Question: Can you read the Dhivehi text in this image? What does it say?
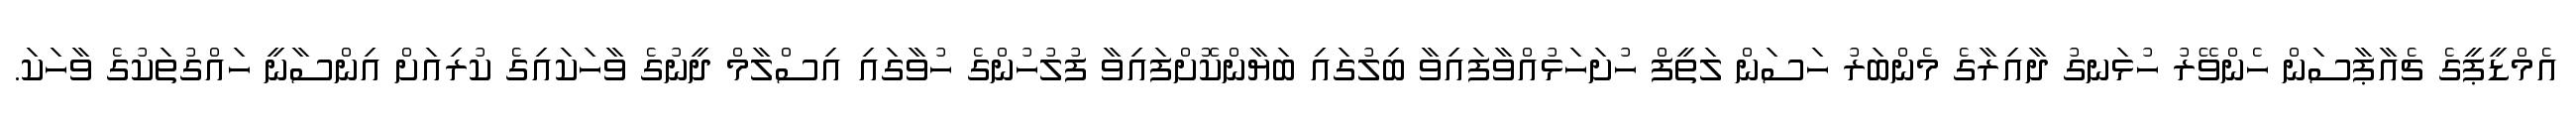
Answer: އެމްޑީޕީގެ ޗެއާޕާސަން ހެންވޭރު ހުޅަނގު ދާއިރާގެ މެންބަރު ހަސަން ލަތީފް ހުށަހަޅުއްވާފައިވާ ބިލުގައި ބަޔާންކޮށްފައިވާ ފުލުހުންގެ ހުވާގައި އިސްލާމް ދީނުގެ ވާހަކައިގެ ކުރިއަށް އިންސާނީ ހައްގުތަކުގެ ވާހަކަ.